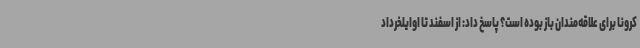
کرونا برای علاقه‌مندان باز بوده است؟ پاسخ داد: از اسفند تا اوایلخرداد